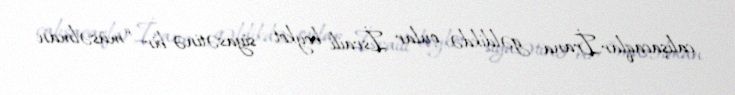
çalışacaqlar.İrana gəldikdə, onlar İsraili boykot siyasətinə bir “müsəlman